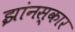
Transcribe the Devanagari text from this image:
झांनस्कार